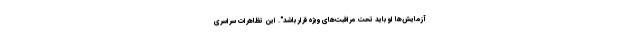
آزمایش‌ها او باید تحت مراقبت‌های ویژه قرار باشد". این تظاهرات سراسری